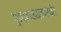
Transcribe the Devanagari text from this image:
गुडघ्याखालपर्यंत